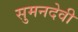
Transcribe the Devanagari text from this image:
सुमनदेवी